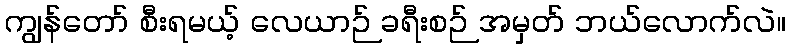
ကျွန်တော် စီးရမယ့် လေယာဉ် ခရီးစဉ် အမှတ် ဘယ်လောက်လဲ။